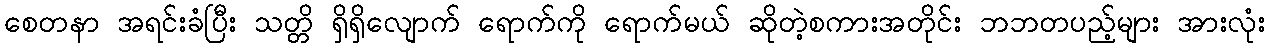
စေတနာ အရင်းခံပြီး သတ္တိ ရှိရှိလျောက် ရောက်ကို ရောက်မယ် ဆိုတဲ့စကားအတိုင်း ဘဘတပည့်များ အားလုံး